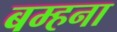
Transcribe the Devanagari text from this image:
बम्‍हना